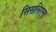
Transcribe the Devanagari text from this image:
सिसलिएस